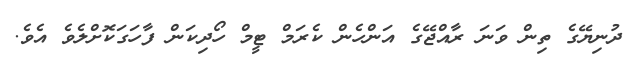
ދުނިޔޭގެ ތިން ވަނަ ރާއްޖޭގެ އަންހެން ކެރަމް ޓީމް ހޯދިކަން ފާހަގަކޮށްލެވެ އެވެ.